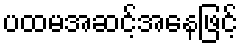
ပထမအဆင့်အနေဖြင့်